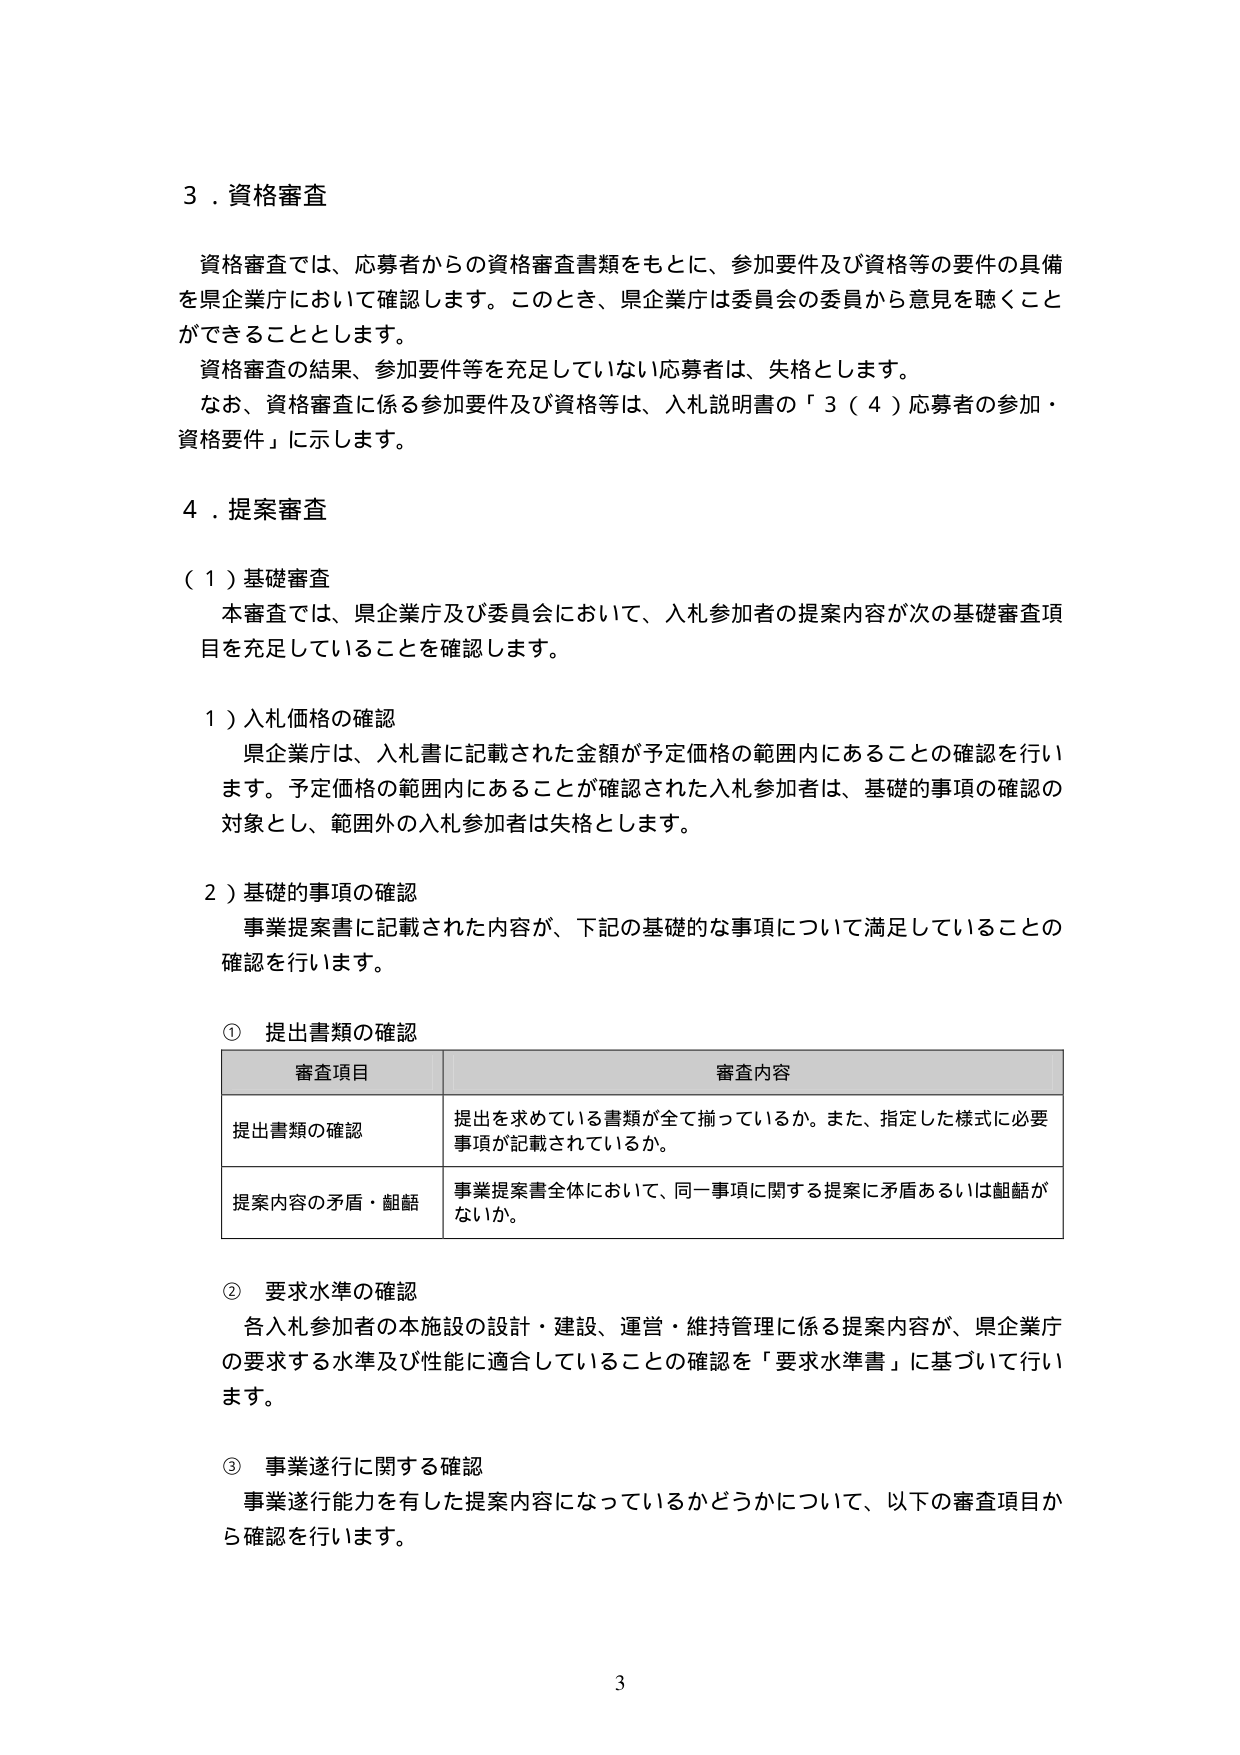
3．資格審査

資格審査では、応募者からの資格審査書類をもとに、参加要件及び資格等の要件の具備を県企業庁において確認します。このとき、県企業庁は委員会の委員から意見を聴くことができます。

資格審査の結果、参加要件等を充足していない応募者は、失格とします。

なお、資格審査に係る参加要件及び資格等は、入札説明書の「3（4）応募者の参加・資格要件」に示します。

4．提案審査

（1）基礎審査

本審査では、県企業庁及び委員会において、入札参加者の提案内容が次の基礎審査項目を充足していることを確認します。

1）入札価格の確認

県企業庁は、入札書に記載された金額が予定価格の範囲内にあることの確認を行います。予定価格の範囲内にあることが確認された入札参加者は、基礎的事項の確認の対象とし、範囲外の入札参加者は失格とします。

2）基礎的事項の確認

事業提案書に記載された内容が、下記の基礎的な事項について満足していることの確認を行います。

① 提出書類の確認

| 審査項目 | 審査内容 |
|----------|----------|
| 提出書類の確認 | 提出を求めている書類が全て揃っているか。また、指定した様式に必要事項が記載されているか。 |
| 提案内容の矛盾・齟齬 | 事業提案書全体において、同一事項に関する提案に矛盾あるいは齟齬がないか。 |

② 要求水準の確認

各入札参加者の本施設の設計・建設、運営・維持管理に係る提案内容が、県企業庁の要求する水準及び性能に適合していることの確認を「要求水準書」に基づいて行います。

③ 事業遂行に関する確認

事業遂行能力を有した提案内容になっているかどうかについて、以下の審査項目から確認を行います。

3